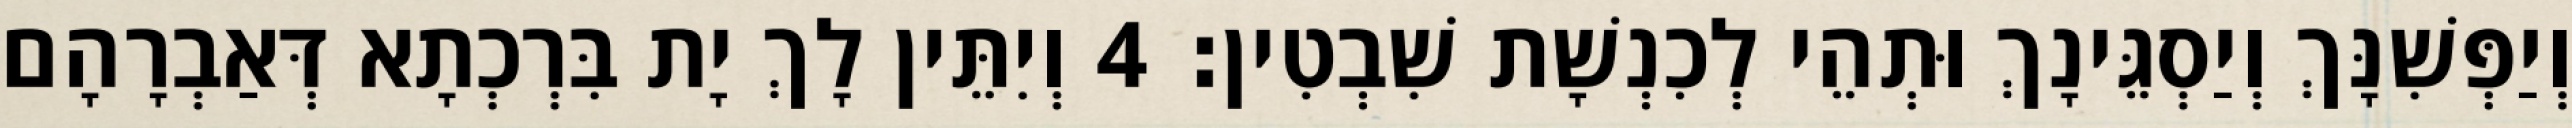
וְיַפְּשִׁנָּךְ וְיַסְגֵּינָךְ וּתְהֵי לְכִנְשָׁת שִׁבְטִין׃ 4 וְיִתֵּין לָךְ יָת בִּרְכְתָא דְּאַבְרָהָם